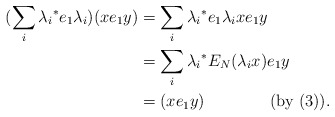
\begin{align*} (\sum_i{\lambda_i}^*e_1\lambda_i)(xe_1y) & =\sum_i{\lambda_i}^*e_1\lambda_ixe_1y\\ & =\sum_i{\lambda_i}^*E_N(\lambda_i x)e_1y\\ & =(xe_1y) ~~~~~~~~~~~~(\textrm{by (3)}).\end{align*}